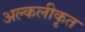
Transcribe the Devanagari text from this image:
अल्कलीकृत